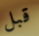
قبل